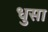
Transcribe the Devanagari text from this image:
धुसा